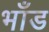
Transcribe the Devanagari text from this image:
भाँड